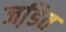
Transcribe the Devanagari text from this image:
जडि़त